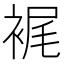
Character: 𧚟